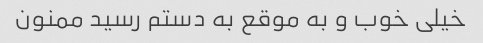
خیلی خوب و به موقع به دستم رسید ممنون